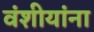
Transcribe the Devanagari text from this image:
वंशीयांना